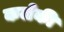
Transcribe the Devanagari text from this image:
कलेकी